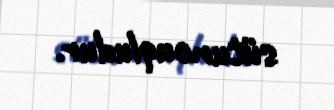
sütuncuqludur.